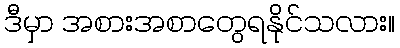
ဒီမှာ အစားအစာတွေရနိုင်သလား။